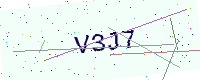
Text: V3J7